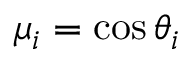
\mu _ { i } = \cos \theta _ { i }